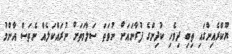
ޔޫކްރެއިންގައި ތިބި ދިވެހި ކުދިންގެ ފުރާނައަށް ނުވަތަ ސަލާމަތަށް ނުރައްކަލެއް ނެތަސް އާންމު